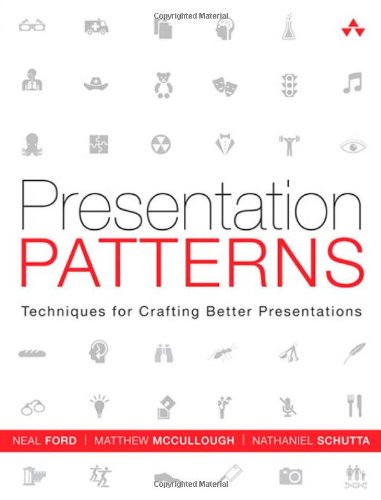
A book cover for Presentation Patterns: Techniques for Crafting Better Presentations; Neal Ford; Computers & Technology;